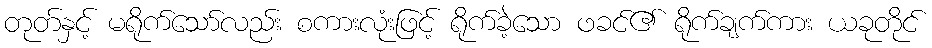
တုတ်နှင့် မရိုက်သော်လည်း စကားလုံးဖြင့် ရိုက်ခဲ့သော ဖခင်၏ ရိုက်ချက်ကား ယခုတိုင်